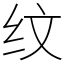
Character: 纹